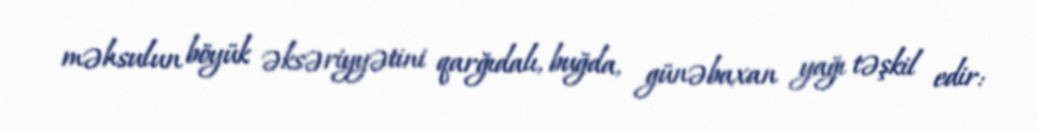
məhsulun böyük əksəriyyətini qarğıdalı, buğda, günəbaxan yağı təşkil edir: